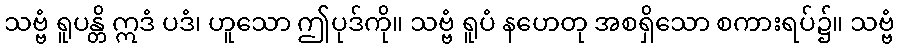
သဗ္ဗံ ရူပန္တိ ဣဒံ ပဒံ၊ ဟူသော ဤပုဒ်ကို။ သဗ္ဗံ ရူပံ နဟေတု အစရှိသော စကားရပ်၌။ သဗ္ဗံ